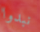
نبدوا